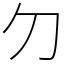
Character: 𠚣